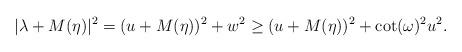
LaTeX: \begin{align*} |\lambda + M(\eta)|^2 = (u + M(\eta))^2 + w^2 \geq (u + M(\eta))^2 + \cot(\omega)^2 u^2. \end{align*}